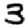
Digit: 3